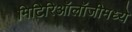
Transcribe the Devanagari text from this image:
मिटिरिऑलॉजीमध्ये